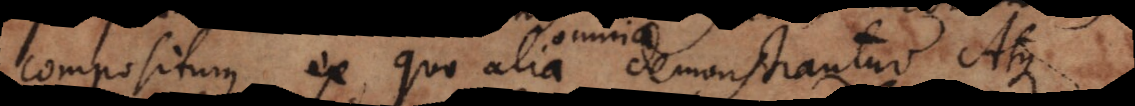
compositum ex quo alia demonstrantur. Atque